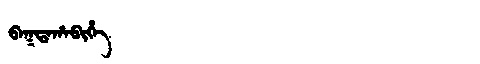
Manchu: ᠪᠠᡴᡨᠠᡥᠠᠪᡳᡥᡝ
Romanization: BAKTAHABIHE